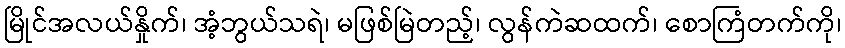
မြိုင်အလယ်နှိုက်၊ အံ့ဘွယ်သရဲ၊ မဖြစ်မြဲတည့်၊ လွန်ကဲဆထက်၊ စောကြံတက်ကို၊